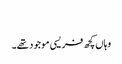
‏
وہاں کچھ فریسی موجود تھے۔